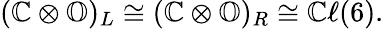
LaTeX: \begin{array}{r}{(\mathbb{C}\otimes\mathbb{O})_{L}\cong(\mathbb{C}\otimes\mathbb{O})_{R}\cong\mathbb{C}\ell(6).}\end{array}